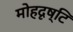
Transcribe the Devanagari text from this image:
मोहदृष्टि